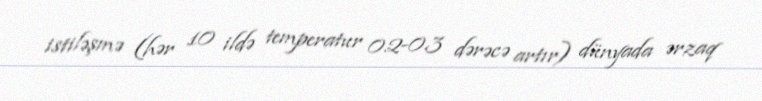
istiləşmə (hər 10 ildə temperatur 0.2-0.3 dərəcə artır) dünyada ərzaq